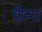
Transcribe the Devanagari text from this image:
वैभ्य